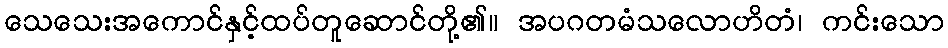
သေသေးအကောင်နှင့်ထပ်တူဆောင်တို့၏။ အပဂတမံသလောဟိတံ၊ ကင်းသော